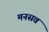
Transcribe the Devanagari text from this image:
मनसव